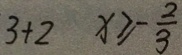
3 + 2 x \geqslant - \frac { 2 } { 3 }